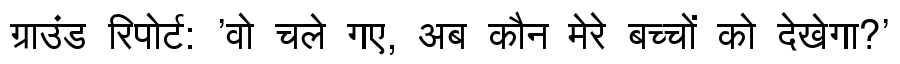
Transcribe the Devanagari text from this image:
ग्राउंड रिपोर्ट: 'वो चले गए, अब कौन मेरे बच्चों को देखेगा?'